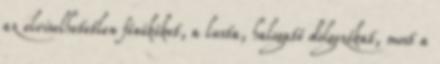
az elviselhetetlen főnököket, a lusta, halogató dolgozókat, most a